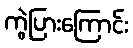
ကွဲပြားကြောင်း